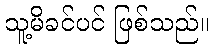
သူ့မိခင်ပင် ဖြစ်သည်။